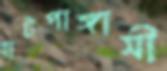
হাটপাঙ্গাসী